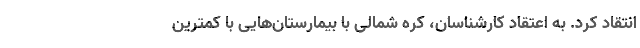
انتقاد کرد. به اعتقاد کارشناسان، کره شمالی با بیمارستان‌هایی با کمترین